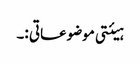
ہیئتی موضوعاتی :۔